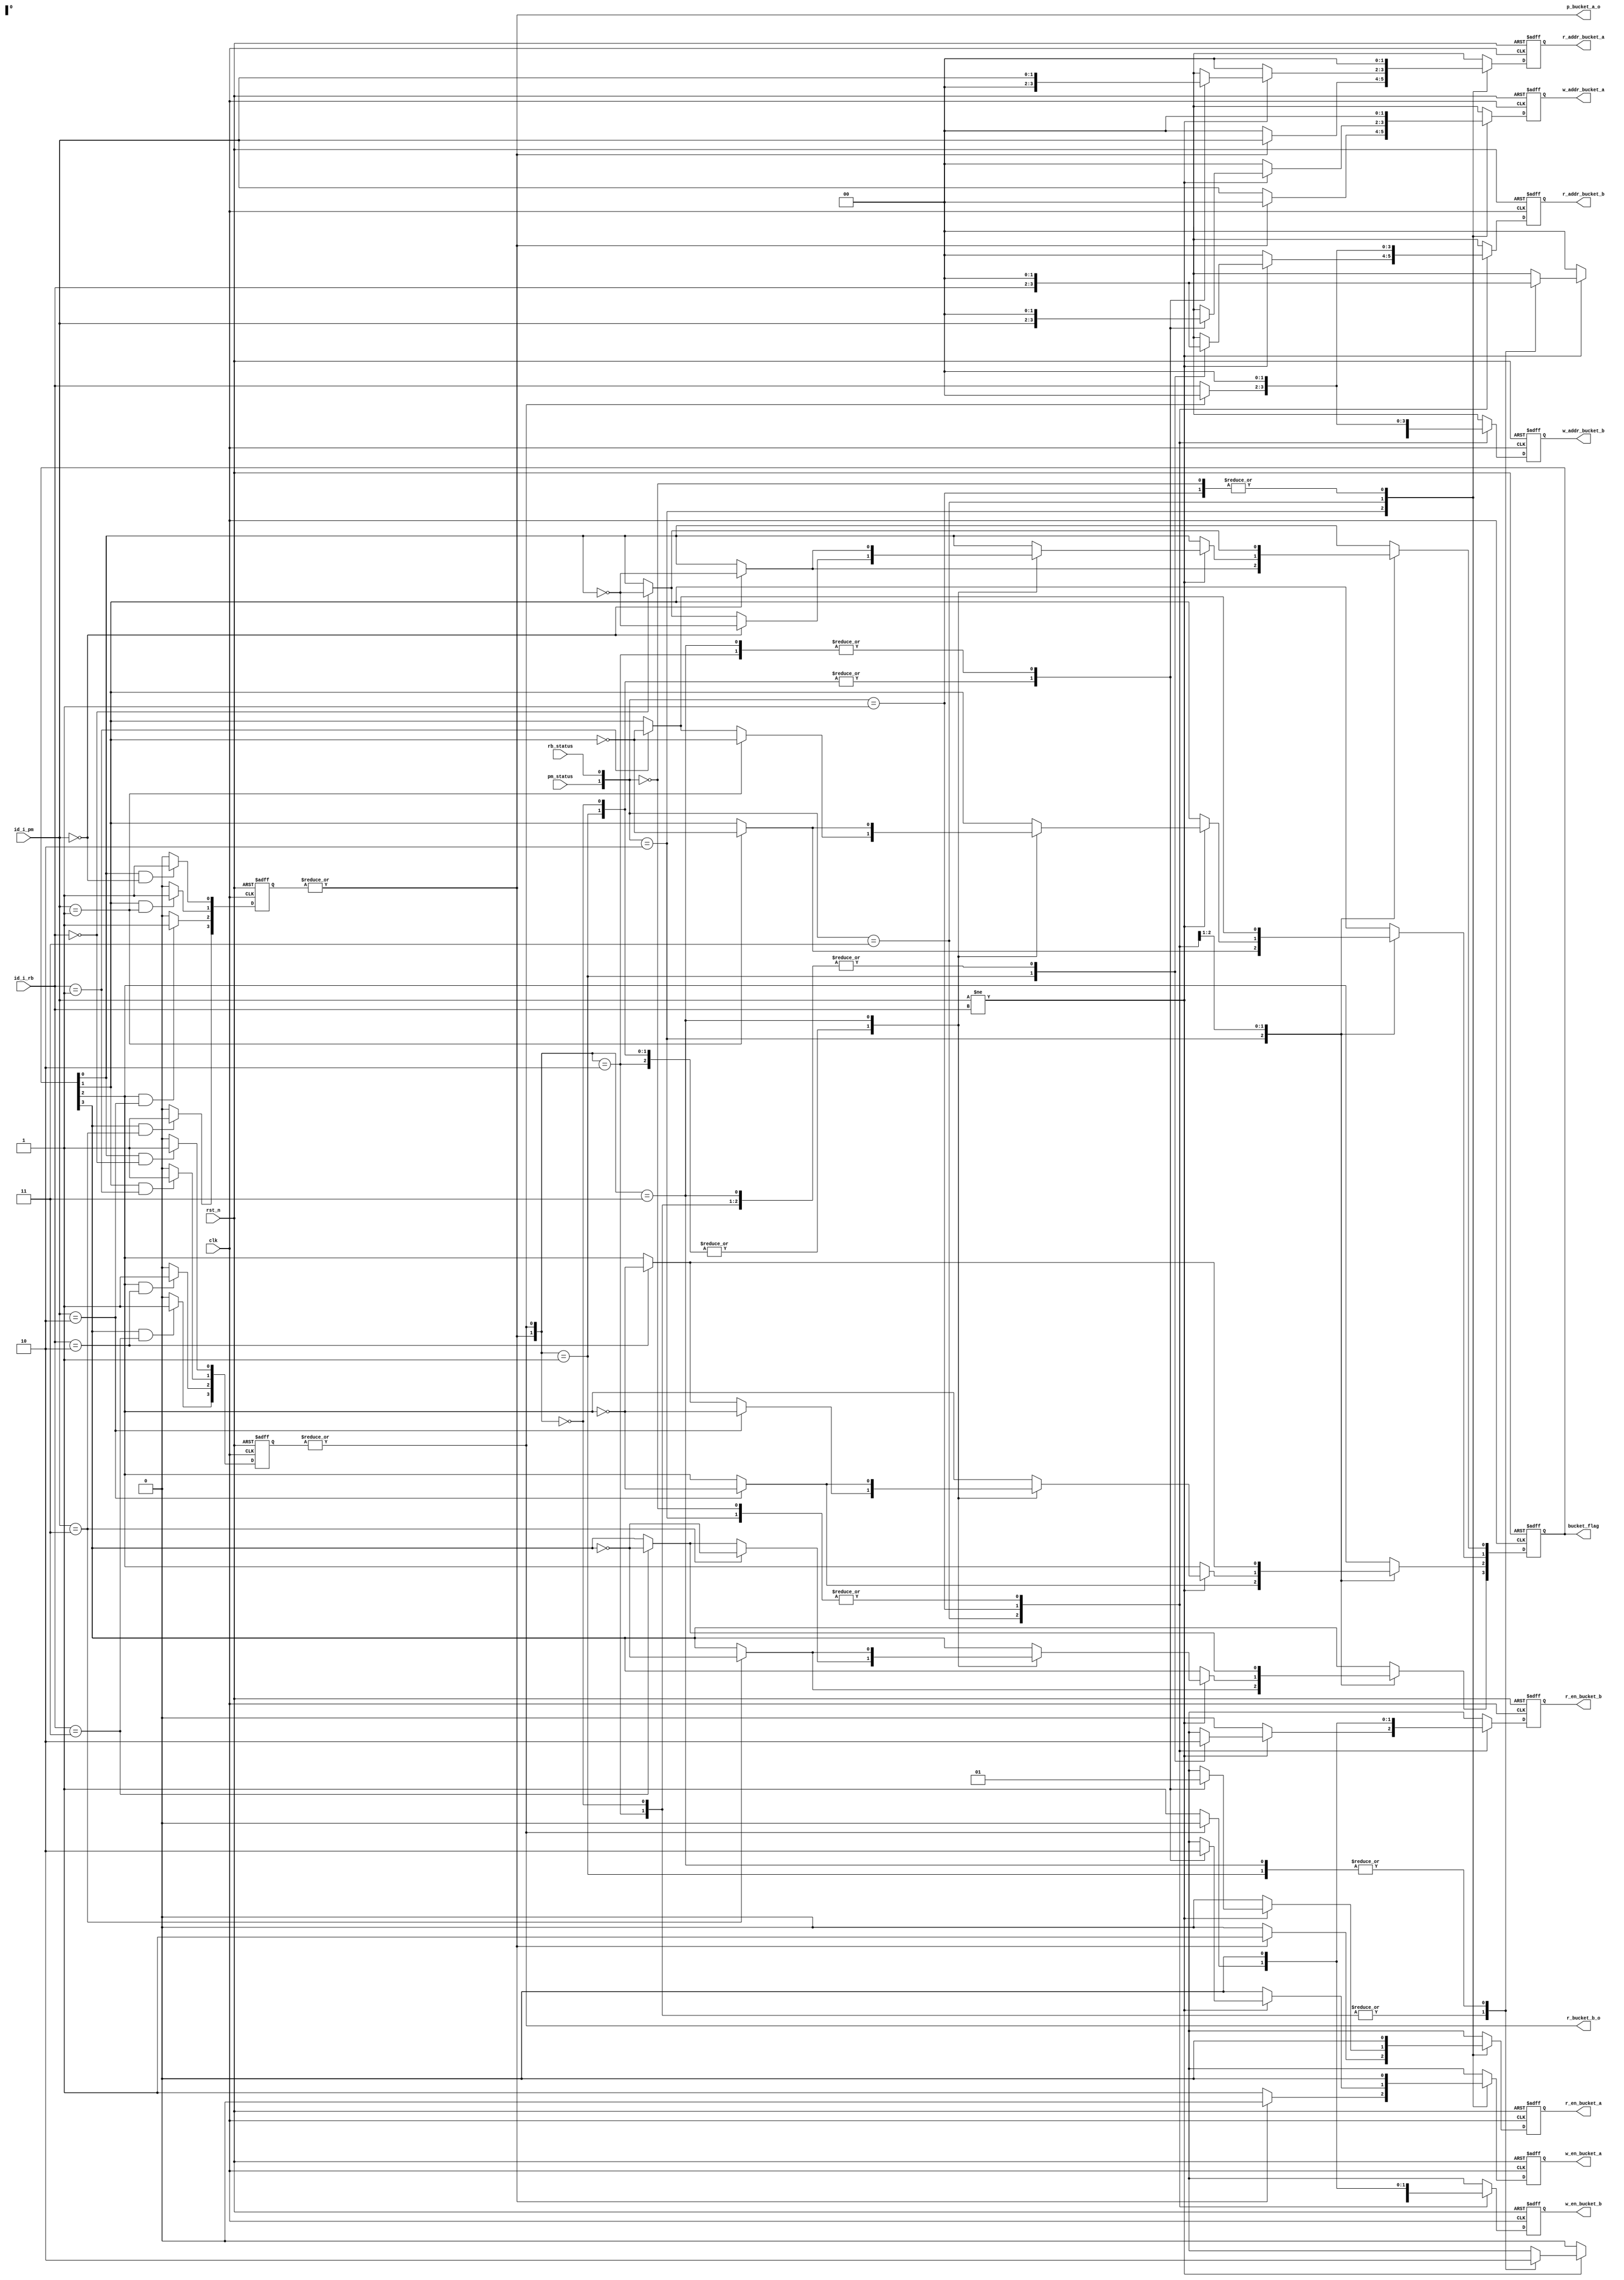
module bucket_ctrl#(parameter WIDTH_ID = 2, parameter WIDTH_DATA = 384, parameter P_NUM = 16)(
    input                                   clk             ,
    input                                   rst_n           ,
    input      [WIDTH_ID-1:0]               id_i_pm         , //id from point_mem
    input      [WIDTH_ID-1:0]               id_i_rb         , //id from result_buffer
    input                                   pm_status       ,
    input                                   rb_status       ,
    output reg                              r_en_bucket_a   , //to bucket
    output reg [     WIDTH_ID-1:0]          r_addr_bucket_a , //to bucket
    output reg                              r_en_bucket_b   , //to bucket
    output reg [     WIDTH_ID-1:0]          r_addr_bucket_b , //to bucket
    output reg                              w_en_bucket_a   , //write data to bucket
    output reg                              w_en_bucket_b   , //write data to bucket
    output reg [     WIDTH_ID-1:0]          w_addr_bucket_a , //write data to bucket
    output reg [     WIDTH_ID-1:0]          w_addr_bucket_b , //write data to bucket
    output                                  p_bucket_a_o    , //p_bucket_a==1: hit by point_mem_id
    output                                  r_bucket_b_o    , //r_bucket_b==1: hit by result_buffer_id
    output     [(2**WIDTH_ID)-1:0]          bucket_flag       // 1:bucket[id] is full; 0:bucket[id] is empty (bucket status)
);
    integer i, j, k;
    reg [(2**WIDTH_ID)-1:0] bucket_flag_r;
    assign bucket_flag = bucket_flag_r;
    reg  [(2**WIDTH_ID)-1:0] p_bucket_a_r, r_bucket_b_r;
    always @(posedge clk or negedge rst_n) begin
        if (!rst_n) begin p_bucket_a_r <= 0; r_bucket_b_r <= 0;end
        else begin
            for (j = 0; j <= (2**WIDTH_ID)-1; j = j+1) begin
                if (bucket_flag_r[j] && id_i_pm == j) p_bucket_a_r[j] <= 1;
                else                                  p_bucket_a_r[j] <= 0;
            end
            for (k = 0; k <= (2**WIDTH_ID)-1; k = k+1) begin
                if (bucket_flag_r[k] && id_i_rb == k) r_bucket_b_r[k] <= 1;
                else                                  r_bucket_b_r[k] <= 0;
            end
        end
    end
    wire p_bucket_a, r_bucket_b;
    assign p_bucket_a = | p_bucket_a_r;
    assign r_bucket_b = | r_bucket_b_r;
    assign p_bucket_a_o = p_bucket_a;
    assign r_bucket_b_o = r_bucket_b;
    always @ (posedge clk or negedge rst_n) begin //bucket_flag_r
        if (!rst_n) bucket_flag_r <= 0;
        else begin
            case({pm_status, rb_status})
                2'b 10: begin //case0a and case0b
                    for (i = 0; i <= (2**WIDTH_ID)-1; i = i+1) begin
                        if (id_i_pm == i) bucket_flag_r[i] <= ~bucket_flag_r[i];
                    end
                end
                2'b 11:begin //case1 and case2(a,b,c,d)
                    if (id_i_pm != id_i_rb) begin //case2(a,b,c,d)
                        case({p_bucket_a, r_bucket_b})
                            2'b 10: begin //case2a
                                for (i = 0; i <= (2**WIDTH_ID)-1; i = i+1) begin
                                    if     (id_i_pm == i) bucket_flag_r[i] <= ~bucket_flag_r[i];
                                    else if(id_i_rb == i) bucket_flag_r[i] <= ~bucket_flag_r[i];
                                end
                            end
                            2'b 01: begin //case2b
                                for (i = 0; i <= (2**WIDTH_ID)-1; i = i+1) begin
                                    if     (id_i_pm == i) bucket_flag_r[i] <= ~bucket_flag_r[i];
                                    else if(id_i_rb == i) bucket_flag_r[i] <= ~bucket_flag_r[i];
                                end
                            end
                            2'b 00: begin //case2c
                                for (i = 0; i <= (2**WIDTH_ID)-1; i = i+1) begin
                                    if     (id_i_pm == i) bucket_flag_r[i] <= ~bucket_flag_r[i];
                                    else if(id_i_rb == i) bucket_flag_r[i] <= ~bucket_flag_r[i];
                                end
                            end
                            2'b 11: begin //case2d
                                for (i = 0; i <= (2**WIDTH_ID)-1; i = i+1) begin
                                    if     (id_i_pm == i) bucket_flag_r[i] <= ~bucket_flag_r[i];
                                end
                            end
                        endcase
                    end
                    else bucket_flag_r <= bucket_flag_r; //case1
                end
                2'b 01: begin //case3(a,b)
                    for (i = 0; i <= (2**WIDTH_ID)-1; i = i+1) begin
                        if (id_i_rb == i) bucket_flag_r[i] <= ~bucket_flag_r[i];
                    end
                end
                2'b 00: begin //case4
                     bucket_flag_r <= bucket_flag_r;
                end
                default: bucket_flag_r <= 0;
            endcase
        end
    end
    always @ (posedge clk or negedge rst_n) begin //r_en_bucket_a and r_addr_bucket_a
        if (!rst_n) begin r_en_bucket_a <= 0; r_addr_bucket_a <= 0; end
        else begin
            case({pm_status, rb_status})
                2'b 10: begin //case0a and case0b
                    if(p_bucket_a) begin r_en_bucket_a <= 1; r_addr_bucket_a <= id_i_pm; end //case0b
                    else           begin r_en_bucket_a <= 0; r_addr_bucket_a <= 0      ; end //case0a
                end
                2'b 11:begin //case1 and case2(a,b,c,d)
                    if (id_i_pm != id_i_rb) begin //case2(a,b,c,d)
                        case({p_bucket_a, r_bucket_b})
                            2'b 10: begin r_en_bucket_a <= 1; r_addr_bucket_a <= id_i_pm; end //case2a
                            2'b 01: begin r_en_bucket_a <= 0; r_addr_bucket_a <= 0      ; end //case2b
                            2'b 00: begin r_en_bucket_a <= 0; r_addr_bucket_a <= 0      ; end //case2c
                            2'b 11: begin r_en_bucket_a <= 1; r_addr_bucket_a <= id_i_pm; end //case2d
                        endcase
                    end
                    else begin r_en_bucket_a <= 0; r_addr_bucket_a <= 0; end //case1
                end
                2'b 01: begin r_en_bucket_a <= 0; r_addr_bucket_a <= 0      ; end //case3(a,b)
                2'b 00: begin r_en_bucket_a <= 0; r_addr_bucket_a <= 0      ; end //case4
                default:begin r_en_bucket_a <= 0; r_addr_bucket_a <= 0      ; end
            endcase
        end
    end

    always @ (posedge clk or negedge rst_n) begin //r_en_bucket_b and r_addr_bucket_b
        if (!rst_n) begin r_en_bucket_b <= 0; r_addr_bucket_b <= 0; end
        else begin
            case({pm_status, rb_status})
                2'b 10: begin //case0a and case0b
                    if(p_bucket_a) begin r_en_bucket_b <= 0; r_addr_bucket_b <= 0      ; end //case0b
                    else           begin r_en_bucket_b <= 0; r_addr_bucket_b <= 0      ; end //case0a
                end
                2'b 11:begin //case1 and case2(a,b,c,d)
                    if (id_i_pm != id_i_rb) begin //case2(a,b,c,d)
                        case({p_bucket_a, r_bucket_b})
                            2'b 10: begin r_en_bucket_b <= 0; r_addr_bucket_b <= 0      ; end //case2a
                            2'b 01: begin r_en_bucket_b <= 1; r_addr_bucket_b <= id_i_rb; end //case2b
                            2'b 00: begin r_en_bucket_b <= 0; r_addr_bucket_b <= 0      ; end //case2c
                            2'b 11: begin r_en_bucket_b <= 0; r_addr_bucket_b <= 0      ; end //case2d
                        endcase
                    end
                    else begin r_en_bucket_b <= 0; r_addr_bucket_b <= 0      ; end //case1
                end
                2'b 01: begin 
                    if (r_bucket_b) begin r_en_bucket_b <= 0; r_addr_bucket_b <= 0      ; end //case3b
                    else            begin r_en_bucket_b <= 1; r_addr_bucket_b <= id_i_rb; end //case3a
                end
                2'b 00: begin r_en_bucket_b <= 0; r_addr_bucket_b <= 0      ; end //case4
                default:begin r_en_bucket_b <= 0; r_addr_bucket_b <= 0      ; end
            endcase
        end
    end

    always @ (posedge clk or negedge rst_n) begin //w_en_bucket_a and w_addr_bucket_a
        if (!rst_n) begin w_en_bucket_a <= 0; w_addr_bucket_a <= 0; end
        else begin
            case({pm_status, rb_status})
                2'b 10: begin //case0a and case0b
                    if(p_bucket_a) begin w_en_bucket_a <= 0; w_addr_bucket_a <= 0      ; end //case0b
                    else           begin w_en_bucket_a <= 1; w_addr_bucket_a <= id_i_pm; end //case0a
                end
                2'b 11:begin //case1 and case2(a,b,c,d)
                    if (id_i_pm != id_i_rb) begin //case2(a,b,c,d)
                        case({p_bucket_a, r_bucket_b})
                            2'b 10: begin w_en_bucket_a <= 0; w_addr_bucket_a <= 0      ; end //case2a
                            2'b 01: begin w_en_bucket_a <= 1; w_addr_bucket_a <= id_i_pm; end //case2b
                            2'b 00: begin w_en_bucket_a <= 1; w_addr_bucket_a <= id_i_pm; end //case2c
                            2'b 11: begin w_en_bucket_a <= 0; w_addr_bucket_a <= 0      ; end //case2d
                        endcase
                    end
                    else begin w_en_bucket_a <= 0; w_addr_bucket_a <= 0      ; end //case1
                end
                2'b 01: begin 
                    if (r_bucket_b) begin w_en_bucket_a <= 0; w_addr_bucket_a <= 0      ; end //case3b
                    else            begin w_en_bucket_a <= 0; w_addr_bucket_a <= 0      ; end //case3a
                end
                2'b 00: begin w_en_bucket_a <= 0; w_addr_bucket_a <= 0      ; end //case4
                default:begin w_en_bucket_a <= 0; w_addr_bucket_a <= 0      ; end
            endcase
        end
    end

    always @ (posedge clk or negedge rst_n) begin //w_en_bucket_b and w_addr_bucket_b
        if (!rst_n) begin w_en_bucket_b <= 0; w_addr_bucket_b <= 0; end
        else begin
            case({pm_status, rb_status})
                2'b 10: begin //case0a and case0b
                    if(p_bucket_a) begin w_en_bucket_b <= 0; w_addr_bucket_b <= 0      ; end //case0b
                    else           begin w_en_bucket_b <= 0; w_addr_bucket_b <= 0      ; end //case0a
                end
                2'b 11:begin //case1 and case2(a,b,c,d)
                    if (id_i_pm != id_i_rb) begin //case2(a,b,c,d)
                        case({p_bucket_a, r_bucket_b})
                            2'b 10: begin w_en_bucket_b <= 1; w_addr_bucket_b <= id_i_rb; end //case2a
                            2'b 01: begin w_en_bucket_b <= 0; w_addr_bucket_b <= 0      ; end //case2b
                            2'b 00: begin w_en_bucket_b <= 1; w_addr_bucket_b <= id_i_rb; end //case2c
                            2'b 11: begin w_en_bucket_b <= 0; w_addr_bucket_b <= 0      ; end //case2d
                        endcase
                    end
                    else begin w_en_bucket_b <= 0; w_addr_bucket_b <= 0      ; end //case1
                end
                2'b 01: begin 
                    if (r_bucket_b) begin w_en_bucket_b <= 0; w_addr_bucket_b <= 0      ; end //case3b
                    else            begin w_en_bucket_b <= 1; w_addr_bucket_b <= id_i_rb; end //case3a
                end
                2'b 00: begin w_en_bucket_b <= 0; w_addr_bucket_b <= 0      ; end //case4
                default:begin w_en_bucket_b <= 0; w_addr_bucket_b <= 0      ; end
            endcase
        end
    end

endmodule